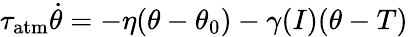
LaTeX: \tau_{\mathrm{atm}}\dot{\theta}=-\eta(\theta-\theta_{0})-\gamma(I)(\theta-T)